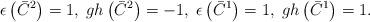
LaTeX: \begin{align*}\epsilon \left( \bar{C}^{2}\right) =1,\;gh\left( \bar{C}^{2}\right)=-1,\;\epsilon \left( \bar{C}^{1}\right) =1,\;gh\left( \bar{C}^{1}\right) =1.\end{align*}